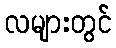
လများတွင်